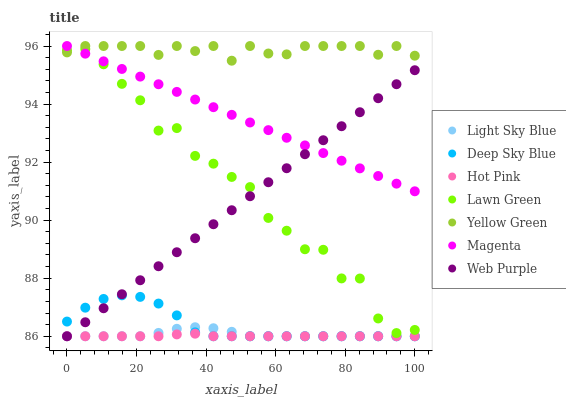
| xaxis_label | Light Sky Blue | Deep Sky Blue | Hot Pink | Lawn Green | Yellow Green | Magenta | Web Purple |
 | --- | --- | --- | --- | --- | --- | --- | --- |
 | 0 | 86 | 86.5 | 86 | 95.9 | 95.8 | 96 | 86 |
 | 5.26 | 86 | 87 | 86 | 95.9 | 96 | 95.7 | 86.5 |
 | 10.5 | 86 | 87.3 | 86 | 95.4 | 96 | 95.5 | 87 |
 | 15.8 | 86 | 87.4 | 86 | 94.7 | 96 | 95.2 | 87.4 |
 | 21.1 | 86 | 87.4 | 86 | 94.1 | 96 | 94.9 | 87.9 |
 | 26.3 | 86.1 | 87.1 | 86 | 93.1 | 95.7 | 94.7 | 88.4 |
 | 31.6 | 86.3 | 86.7 | 86.1 | 93.2 | 96 | 94.4 | 88.9 |
 | 36.8 | 86.3 | 86.1 | 86.1 | 92.2 | 95.8 | 94.2 | 89.4 |
 | 42.1 | 86.3 | 86 | 86 | 91.9 | 96 | 93.9 | 89.9 |
 | 47.4 | 86.2 | 86 | 86 | 91.5 | 95.5 | 93.6 | 90.3 |
 | 52.6 | 86 | 86 | 86 | 91.1 | 96 | 93.4 | 90.8 |
 | 57.9 | 86 | 86 | 86 | 90.1 | 95.7 | 93.1 | 91.3 |
 | 63.2 | 86 | 86 | 86 | 89.6 | 95.7 | 92.8 | 91.8 |
 | 68.4 | 86 | 86 | 86 | 89 | 96 | 92.6 | 92.3 |
 | 73.7 | 86 | 86 | 86 | 89 | 96 | 92.3 | 92.8 |
 | 78.9 | 86 | 86 | 86 | 88 | 96 | 92 | 93.2 |
 | 84.2 | 86 | 86 | 86 | 88 | 96 | 91.8 | 93.7 |
 | 89.5 | 86 | 86 | 86 | 86.6 | 95.7 | 91.5 | 94.2 |
 | 94.7 | 86 | 86 | 86 | 86.1 | 96 | 91.3 | 94.7 |
 | 100 | 86 | 86 | 86 | 86.2 | 95.7 | 91 | 95.2 |